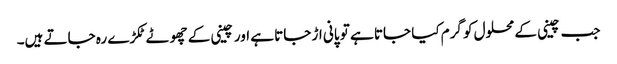
جب چینی کے محلول کو گرم کیا جاتا ہے تو پانی اڑ جاتا ہے اور چینی کے چھوٹے ٹکڑے رہ جاتے ہیں۔